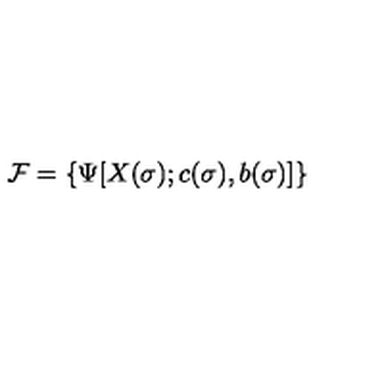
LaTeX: { \cal F } = \{ \Psi [ X ( \sigma ) ; c ( \sigma ) , b ( \sigma ) ] \}